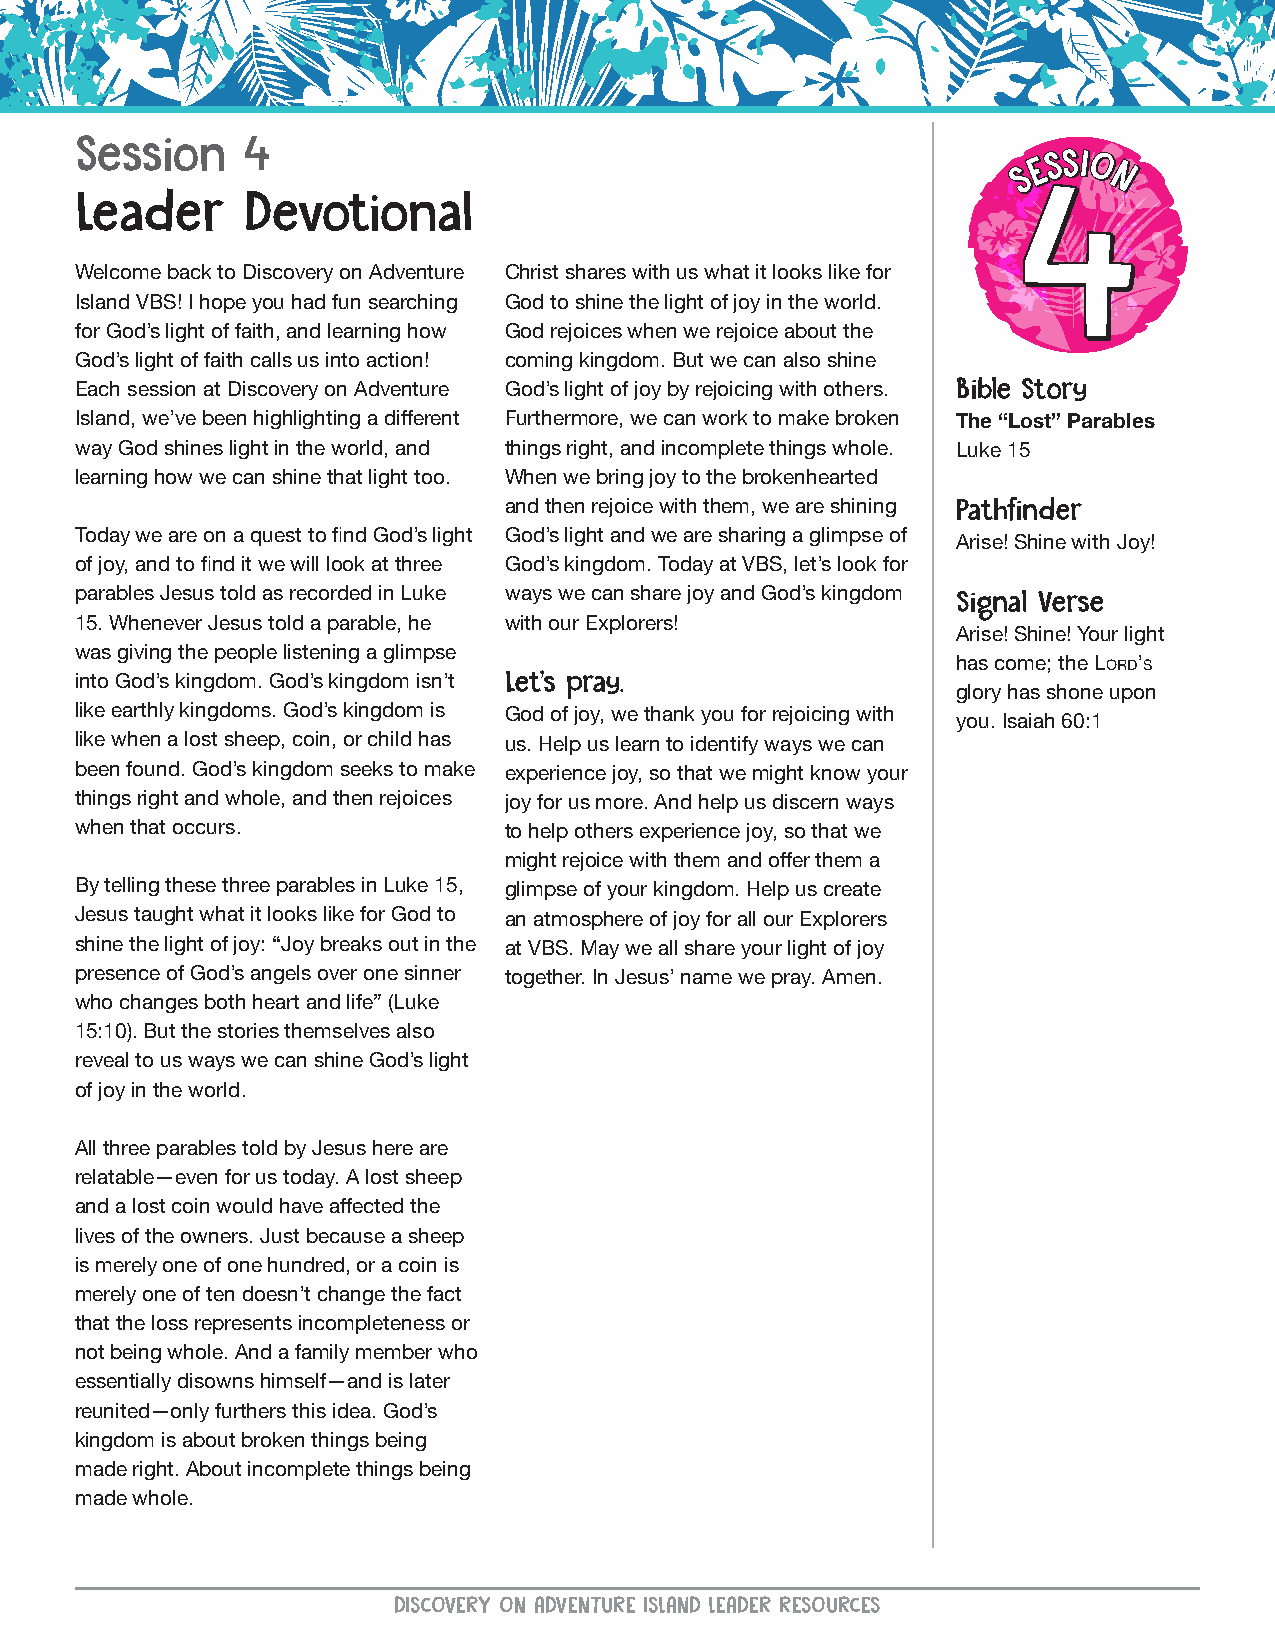
Session    4
 Leader     Devotional
 Welcome back to Discovery on Adventure Christ shares with us what it looks like for
 Island VBS! I hope you had fun searching God to shine the light of joy in the world.
 for God’s light of faith, and learning how God rejoices when we rejoice about the
 God’s light of faith calls us into action! coming kingdom. But we can also shine
 Each session at Discovery on Adventure God’s light of joy by rejoicing with others. Bible Story
 Island, we’ve been highlighting a different Furthermore, we can work to make broken The “Lost” Parables
 way God shines light in the world, and things right, and incomplete things whole. Luke 15
 learning how we can shine that light too. When we bring joy to the brokenhearted
 and then rejoice with them, we are shining Pathfinder
 Today we are on a quest to find God’s light God’s light and we are sharing a glimpse of
 Arise! Shine with Joy!
 of joy, and to find it we will look at three God’s kingdom. Today at VBS, let’s look for
 parables Jesus told as recorded in Luke ways we can share joy and God’s kingdom
 Signal Verse
 15. Whenever Jesus told a parable, he with our Explorers!
 Arise! Shine! Your light
 was giving the people listening a glimpse
 has come; the LORD’S
 into God’s kingdom. God’s kingdom isn’t Let’s pray.
 glory has shone upon
 like earthly kingdoms. God’s kingdom is God of joy, we thank you for rejoicing with
 you. Isaiah 60:1
 like when a lost sheep, coin, or child has us. Help us learn to identify ways we can
 been found. God’s kingdom seeks to make experience joy, so that we might know your
 things right and whole, and then rejoices joy for us more. And help us discern ways
 when that occurs.           to help others experience joy, so that we
 might rejoice with them and offer them a
 By telling these three parables in Luke 15, glimpse of your kingdom. Help us create
 Jesus taught what it looks like for God to an atmosphere of joy for all our Explorers
 shine the light of joy: “Joy breaks out in the at VBS. May we all share your light of joy
 presence of God’s angels over one sinner together. In Jesus’ name we pray. Amen.
 who changes both heart and life” (Luke
 15:10). But the stories themselves also
 reveal to us ways we can shine God’s light
 of joy in the world.
 All three parables told by Jesus here are
 relatable—even for us today. A lost sheep
 and a lost coin would have affected the
 lives of the owners. Just because a sheep
 is merely one of one hundred, or a coin is
 merely one of ten doesn’t change the fact
 that the loss represents incompleteness or
 not being whole. And a family member who
 essentially disowns himself—and is later
 reunited—only furthers this idea. God’s
 kingdom is about broken things being
 made right. About incomplete things being
 made whole.
 DISCOVERY ON ADVENTURE ISLAND LEADER RESOURCES